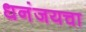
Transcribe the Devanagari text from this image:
धनंजयचा